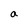
Character: a